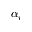
\alpha _ { i }